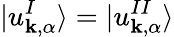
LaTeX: |u_{\mathbf{k},\alpha}^{I}\rangle=|u_{\mathbf{k},\alpha}^{II}\rangle